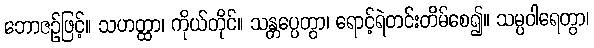
ဘောဇဉ်ဖြင့်။ သဟတ္ထာ၊ ကိုယ်တိုင်။ သန္တပ္ပေတွာ၊ ရောင့်ရဲတင်းတိမ်စေ၍။ သမ္ပဝါရေတွာ၊